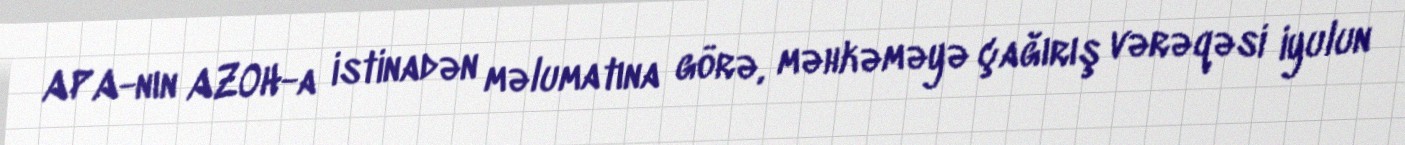
APA-nın AZOH-a istinadən məlumatına görə, məhkəməyə çağırış vərəqəsi iyulun